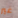
غير